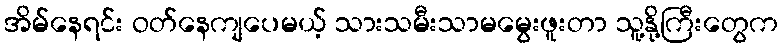
အိမ်နေရင်း ဝတ်နေကျပေမယ့် သားသမီးသာမမွေးဖူးတာ သူ့နို့ကြီးတွေက